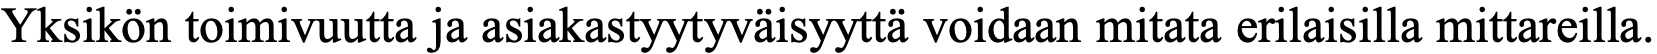
Yksikön toimivuutta ja asiakastyytyväisyyttä voidaan mitata erilaisilla mittareilla.